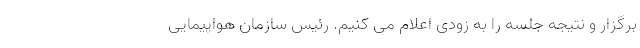
برگزار و نتیجه جلسه را به زودی اعلام می کنیم. رئیس سازمان هواپیمایی